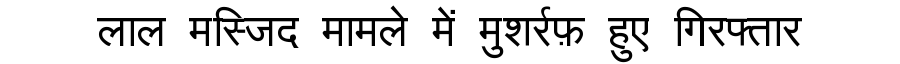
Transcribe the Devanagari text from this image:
लाल मस्जिद मामले में मुशर्रफ़ हुए गिरफ्तार